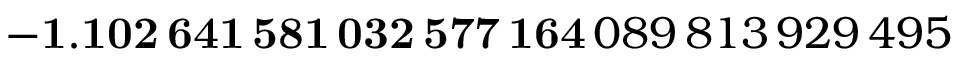
\mathbf { - 1 . 1 0 2 \, 6 4 1 \, 5 8 1 \, 0 3 2 \, 5 7 7 \, 1 6 4 } \, 0 8 9 \, 8 1 3 \, 9 2 9 \, 4 9 5